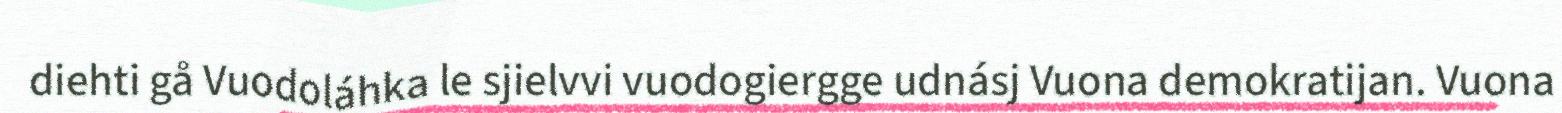
diehti gå Vuodoláhka le sjielvvi vuodogiergge udnásj Vuona demokratijan. Vuona